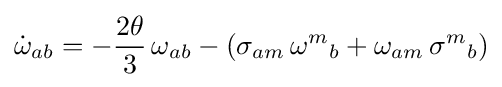
{\dot {\omega }}_{ab}=-{\frac {2\theta }{3}}\,\omega _{ab}-\left(\sigma _{am}\,{\omega ^{m}}_{b}+\omega _{am}\,{\sigma ^{m}}_{b}\right)